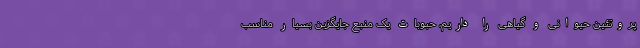
پروتئین حیوانی و گیاهی را داریم، حبوبات یک منبع جایگزین بسیار مناسب